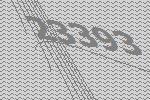
23393